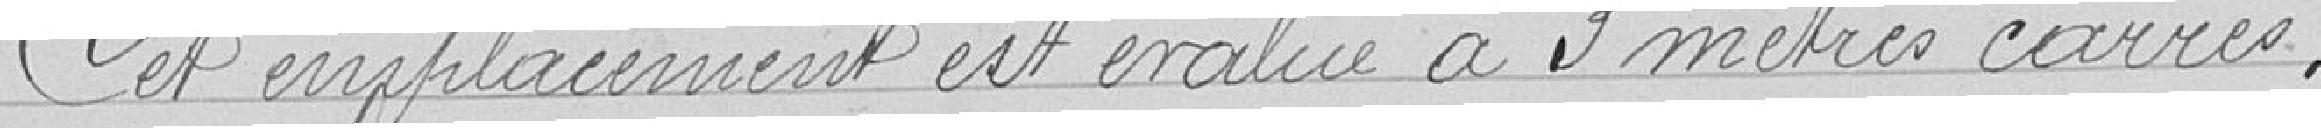
Cet emplacement est évalué à 3 mètres carrés.